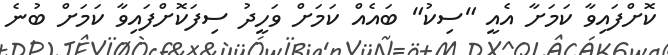
ކޮށްފައިވާ ކަމަށާ އެއީ "ސިކު" ބައެއް ކަމަށް ވަހީދު ސިފަކޮށްފައިވާ ކަމަށް ބުނެ